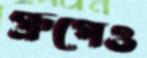
গ্রুপেও